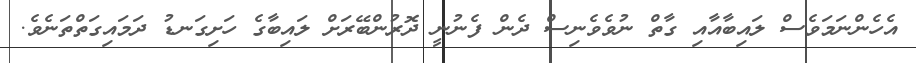
އެހެންނަމަވެސް ލައިބާއާއި ގާތް ނުވެވެނިސް ދެން ފެނުނީ ދޮރުންބޭރަށް ލައިބާގެ ހަށިގަނޑު ދަމައިގަތްތަނެވެ.